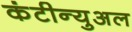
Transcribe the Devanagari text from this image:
कंटीन्युअल